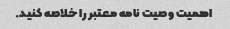
اهمیت وصیت نامه معتبر را خلاصه کنید.